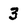
Character: 3